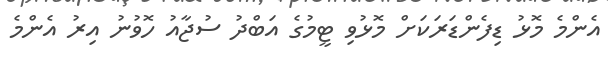
އެންމެ މޮޅު ޑިފެންޑަރަކަށް މޮޅުވި ޓީމުގެ އަބްދު ސުޖާއު ހޮވުނު އިރު އެންމެ